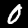
Digit: 0